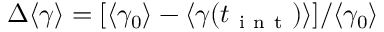
\Delta \langle \gamma \rangle = [ \langle \gamma _ { 0 } \rangle - \langle \gamma ( t _ { \mathrm { ~ i ~ n ~ t ~ } } ) \rangle ] / \langle \gamma _ { 0 } \rangle